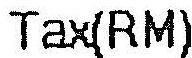
TAX(RM)